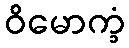
ဝိမောက္ခံ